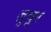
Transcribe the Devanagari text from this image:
ज़ुबूर